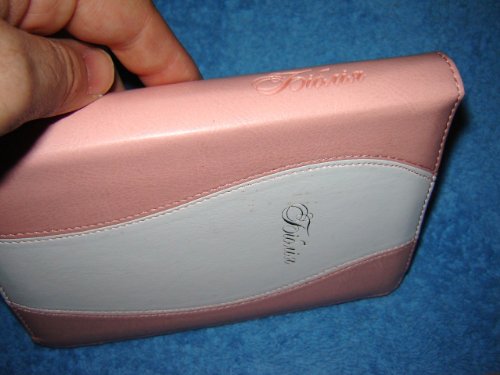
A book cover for Ukrainian Pink/White Women's Leather Bible / Zipper, Golden edges, Thumb Index, Maps / Ukraina; Bible Society; Travel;